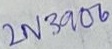
Text: 2N3906